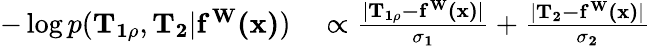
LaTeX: \begin{array}{rl}{-\log p(\mathbf{T_{1\rho}},\mathbf{T_{2}}|\mathbf{f^{W}(x)})}&{{}\propto\frac{|\mathbf{T_{1\rho}-\mathbf{f^{W}(x)}}|}{\mathbf{\sigma_{1}}}+\frac{|\mathbf{T_{2}-\mathbf{f^{W}(x)}}|}{\mathbf{\sigma_{2}}}}\end{array}